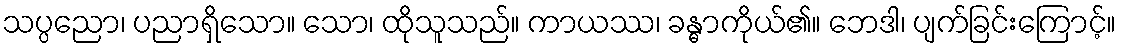
သပ္ပညော၊ ပညာရှိသော။ သော၊ ထိုသူသည်။ ကာယဿ၊ ခန္ဓာကိုယ်၏။ ဘေဒါ၊ ပျက်ခြင်းကြောင့်။